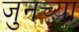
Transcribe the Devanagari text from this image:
जुनच्या